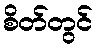
စိတ်တွင်